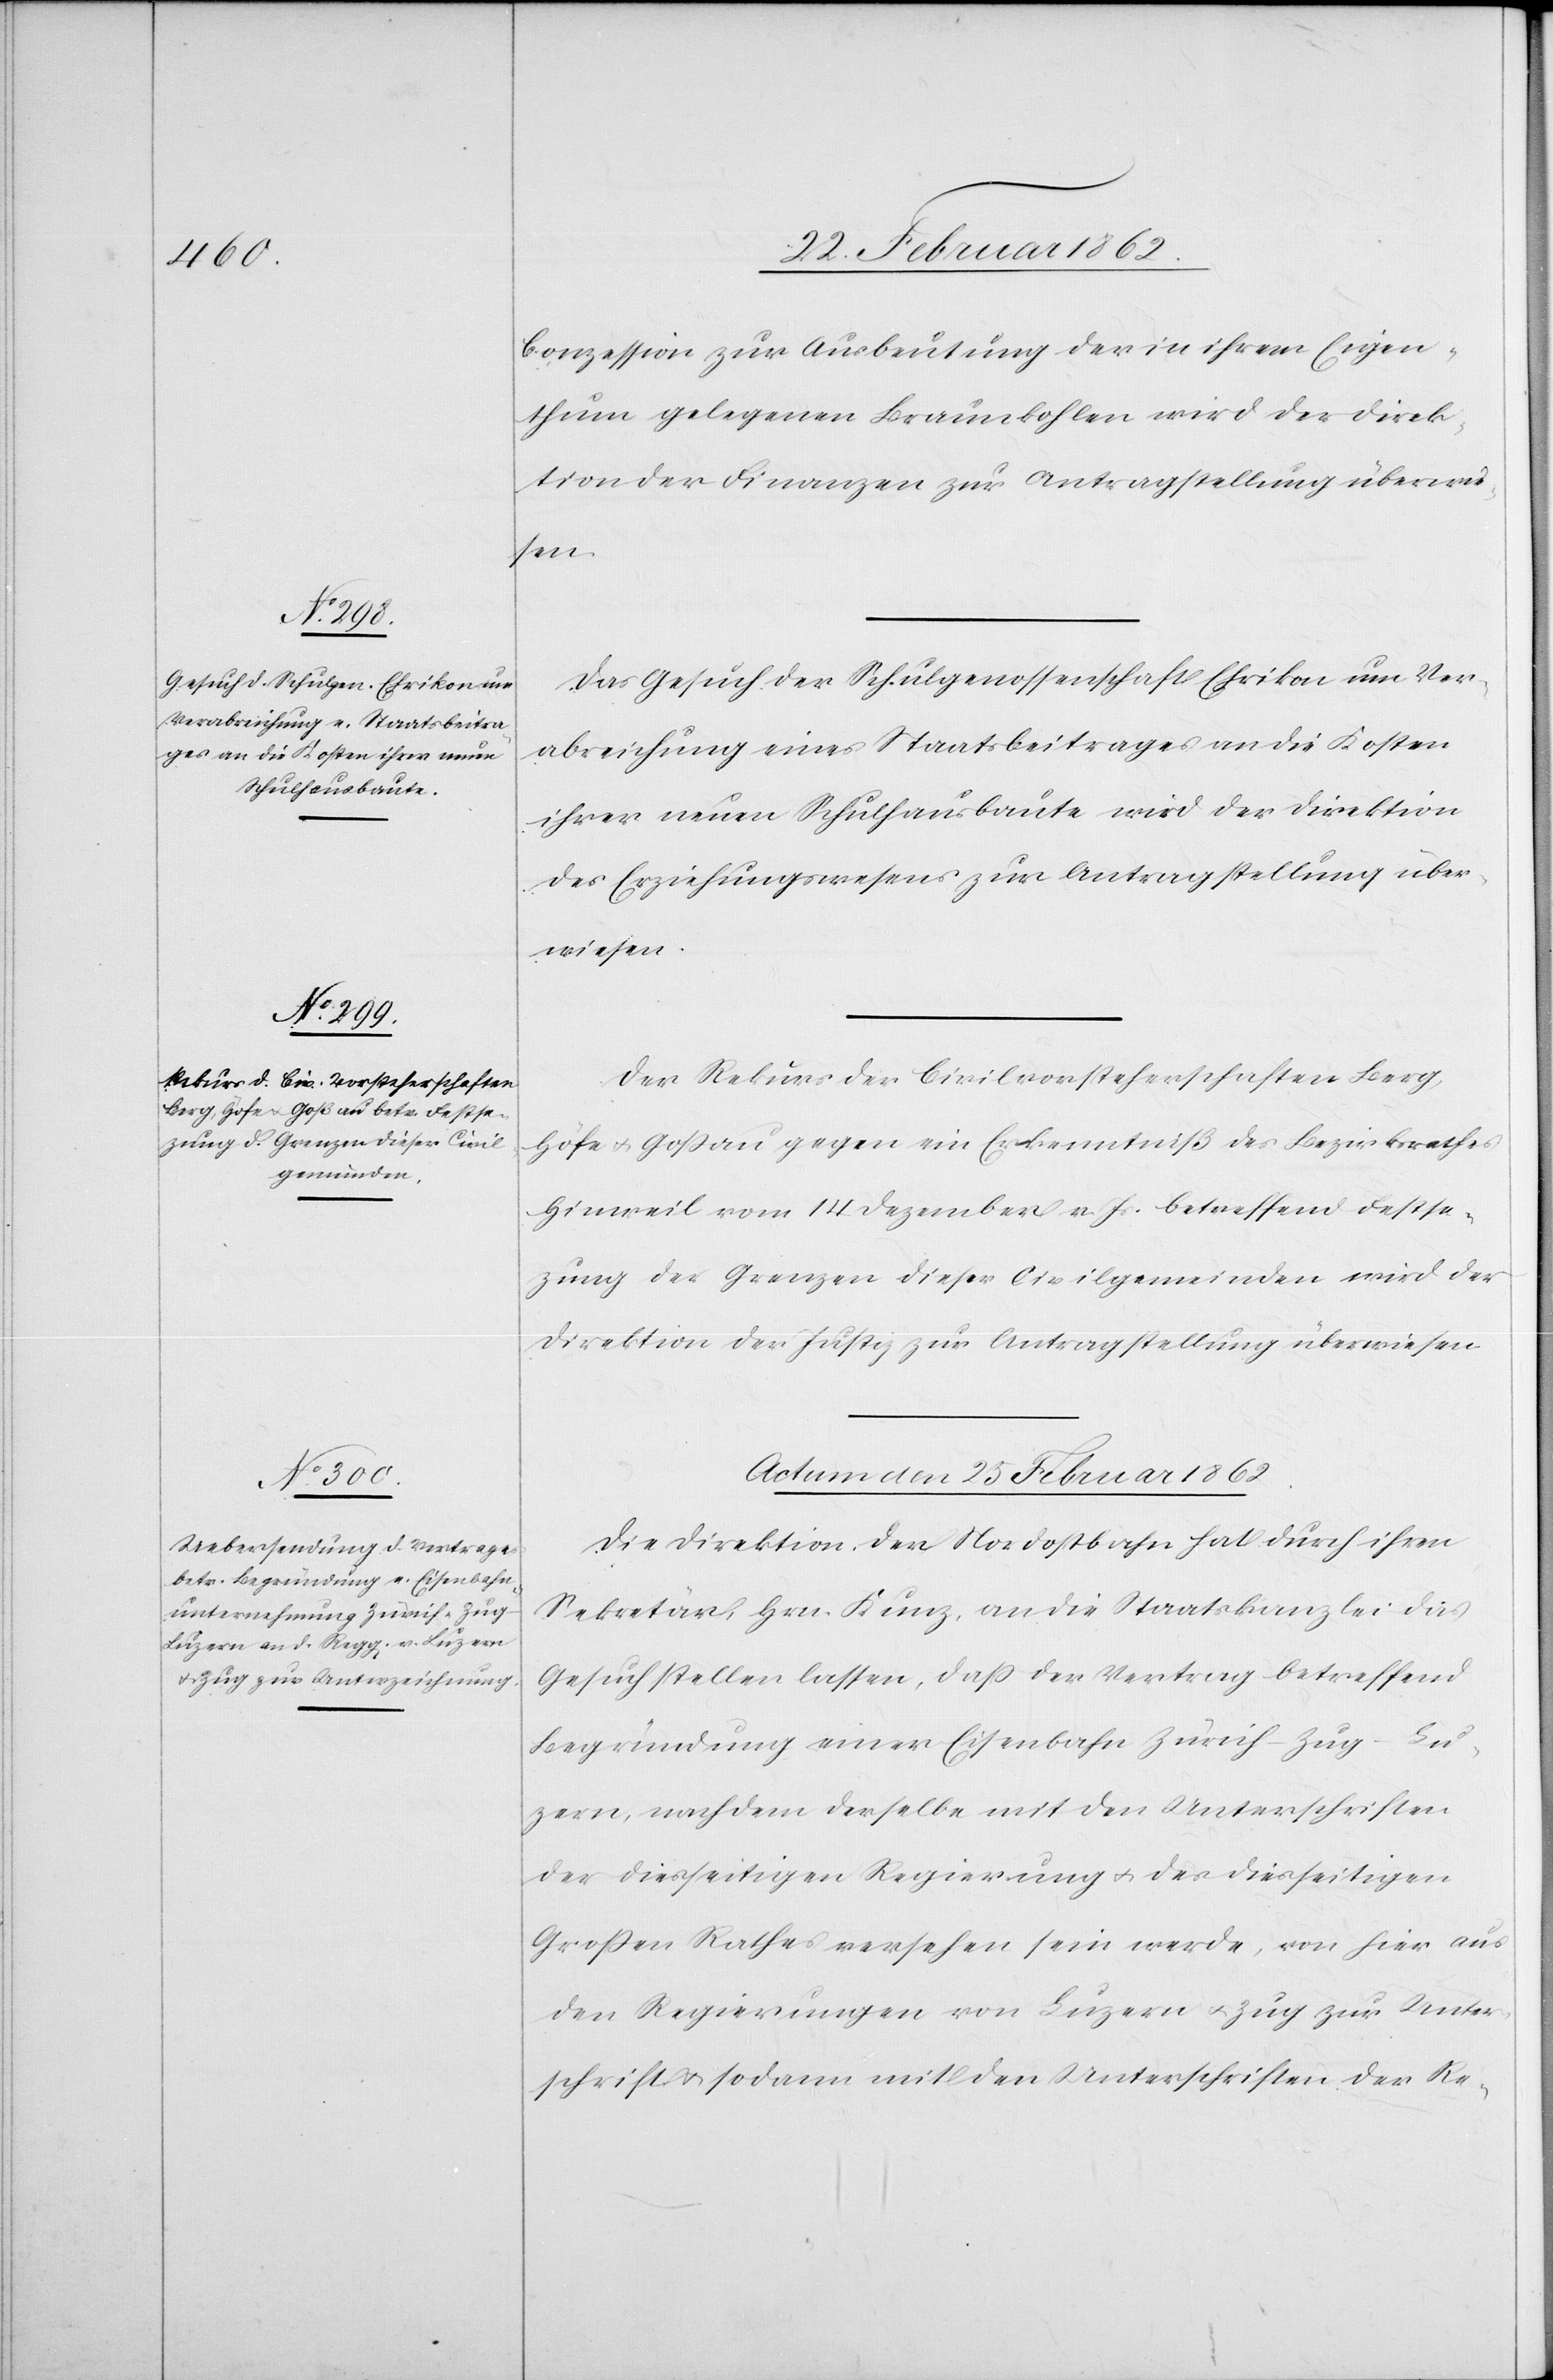
Conzession zur Ausbeutung der ihn ihrem Eigen¬
thum gelegenen Braunkohlen wird der Direk¬
tion der Finanzen zur Antragstellung überwie¬
sen.
Das Gesuch der Schulgenossenschaft Ehrikon um Ver¬
abreichung eines Staatsbeitrages an die Kosten
ihrer neuen Schulhausbaute wird der Direktion
des Erziehungswesens zur Antragstellung über¬
wiesen.
Der Rekurs der Civilvorsteherschaften Berg,
Höfe u. Goßau gegen ein Erkenntniß des Bezirksrathes
Hinweil vom 14 Dezember v. Js. betreffend Festse¬
tzung der Grenzen dieser Civilgemeinden wird der
Direktion der Justiz zur Antragstellung überwiesen[.]
Actum den 25 Februar 1862.
Die Direktion der Nordostbahn hat durch ihren
Sekretär, Hrn. Kunz, an die Staatskanzlei das
Gesuch stellen lassen, daß der Vertrag betreffend
Begründung einer Eisenbahn Zürich–Zug–Lu¬
zern, nachdem derselbe mit den Unterschriften
der diesseitigen Regierung u. des diesseitigen
Großen Rathes versehen sein werde, von hier aus
den Regierungen von Luzern u. Zug zur Unter¬
schrift u. sodann mit den Unterschriften der Re-